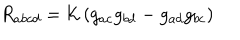
R _ { a b c d } = { \cal K } \left( g _ { a c } g _ { b d } - g _ { a d } g _ { b c } \right)